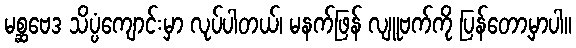
မစ္ဆဗေဒ သိပ္ပံကျောင်းမှာ လုပ်ပါတယ်၊ မနက်ဖြန် လျူဗက်ကို ပြန်တော့မှာပါ။